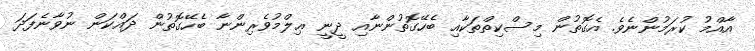
އާއްމު ކުރަމުންނެވެ. އެގޮތުން މިސްކިތްތަކާއި ބެހޭގޮތުންނާއި ދީނީ ޢިލްމުވެރިންނާ ބެހޭގޮތުން ދައްކަން ނުވާނެފަދަ